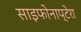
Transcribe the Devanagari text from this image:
साइफोनाप्टेरा